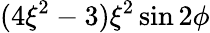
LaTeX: (4\xi^{2}-3)\xi^{2}\sin 2\phi